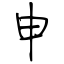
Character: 申